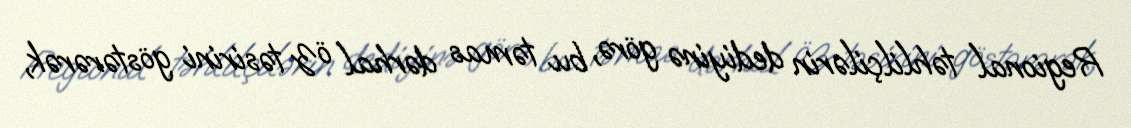
Regional təhlilçilərin dediyinə görə, bu təmas dərhal öz təsirini göstərərək,